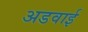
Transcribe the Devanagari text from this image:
अडवाई